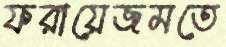
ফরায়েজমতে